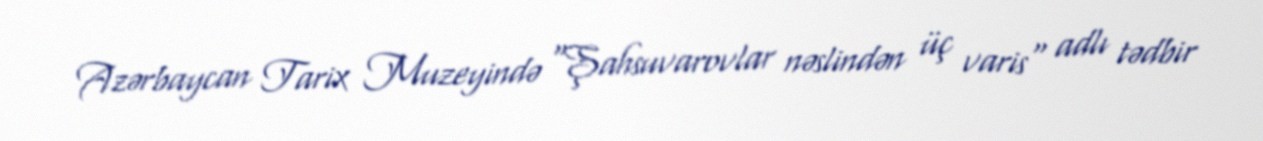
Azərbaycan Tarix Muzeyində "Şahsuvarovlar nəslindən üç varis" adlı tədbir